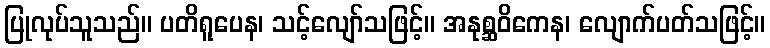
ပြုလုပ်သူသည်။ ပတိရူပေန၊ သင့်လျော်သဖြင့်။ အနုစ္ဆဝိကေန၊ လျောက်ပတ်သဖြင့်။